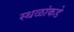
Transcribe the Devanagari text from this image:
स्थळांकडे